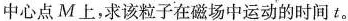
中心点M上，求该粒子在磁场中运动的时间t。